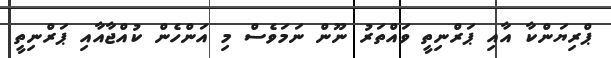
ޕްރިޔަންކާ އާއި ޕަރްނިތީ ވައްތަރު ނޫން ނަމަވެސް މި އަންހެން ކުއްޖާއާއި ޕަރްނިތީ